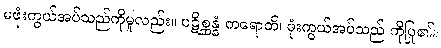
မဖုံးကွယ်အပ်သည်ကိုမူလည်း။ ပဋိစ္ဆန္နံ ကရောတိ၊ ဖုံးကွယ်အပ်သည် ကိုပြု၏။